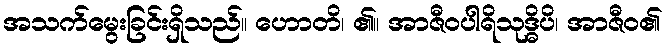
အသက်မွေးခြင်းရှိသည်။ ဟောတိ၊ ၏။ အာဇီဝပါရိသုဒ္ဓိပိ၊ အာဇီဝ၏